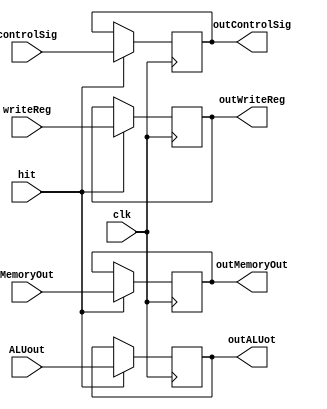
module Mem_WB_Register(
		input [31:0]ALUout, MemoryOut,
		input [4:0]writeReg,
		input [1:0]controlSig,
		input clk, hit,
		
		output reg [31:0] outALUot, outMemoryOut,
		output reg [4:0] outWriteReg,
		output reg [1:0] outControlSig
    );

	always @(negedge clk) 
		begin
			if(hit == 1) 
				begin
					outALUot = ALUout;
					outMemoryOut = MemoryOut;
					outWriteReg = writeReg;
					outControlSig = controlSig;
				end		
		end

endmodule